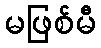
မဖြစ်မီ